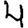
Digit: 4